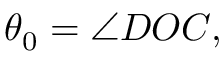
\theta _ { 0 } = \angle D O C ,